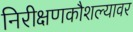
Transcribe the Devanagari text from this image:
निरीक्षणकौशल्यावर